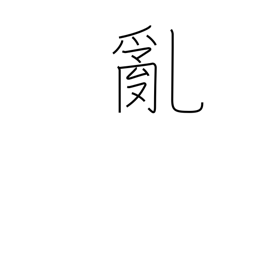
Meaning: riot